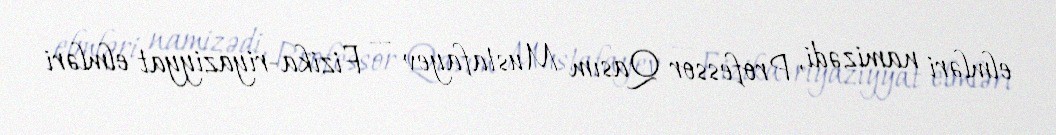
elmləri namizədi, Professor Qasım Mustafayev — Fizika-riyaziyyat elmləri